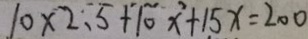
1 0 \times 2 . 5 + 1 0 x ^ { 2 } + 1 5 x = 2 0 0